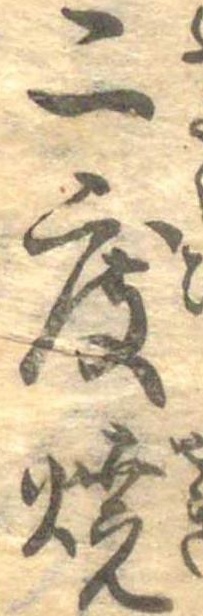
二度焼